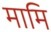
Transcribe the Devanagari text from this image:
मामि